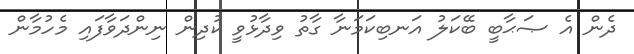
ދެން އެ ޞަޙާބީ ބޭކަލު އަނބިކަމަނާ ގާތު ވިދާޅުވީ ކުދިން ނިންދަވާފައި މެހުމާން